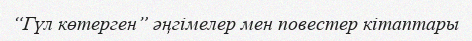
“Гүл көтерген” әңгімелер мен повестер кітаптары